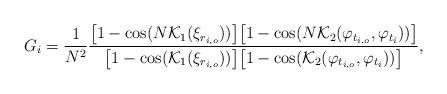
LaTeX: \begin{align*}G_i= \frac{1}{N^2}\frac{{\big[1 - \cos (N {\mathcal K}_1(\xi_{r_{i,o}}))\big] \big[1 - \cos ({N}{{\mathcal K}_2}(\varphi_{t_{i,o}},{\varphi _{{t_i}}}))\big]}}{{\big[1 - \cos ({\mathcal K}_1(\xi_{r_{i,o}}))\big] \big[1 - \cos ({{\mathcal K}_2}(\varphi_{t_{i,o}},{\varphi _{{t_i}}}))\big]}},\end{align*}